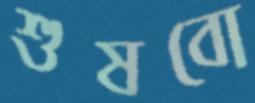
শুষবো